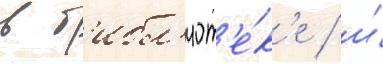
в б'ибл'иот'е́к'е / и́